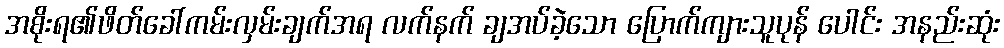
အစိုးရ၏ဖိတ်ခေါ်ကမ်းလှမ်းချက်အရ လက်နက် ချအပ်ခဲ့သော ပြောက်ကျားသူပုန် ပေါင်း အနည်းဆုံး